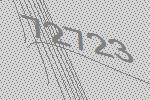
72723